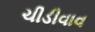
ચીડીવાવ